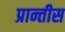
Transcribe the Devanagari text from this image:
प्रान्तीस